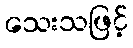
သေးသဖြင့်